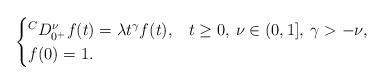
LaTeX: \begin{align*}\begin{cases}{}^C D_{0^+}^\nu f(t)= \lambda t^{\gamma}f(t), & t\geq 0,\: \nu \in (0,1],\: \gamma>-\nu,\\f(0)=1.\end{cases}\end{align*}